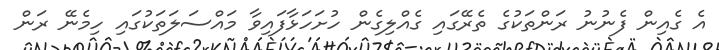
އެ ގެއިން ފެނުނު ރަންތަކުގެ ތެރޭގައި ގެއްލިގެން ހުށަހަޅާފައިވާ މައްސަލަތަކުގައި ހިމެނޭ ރަން